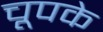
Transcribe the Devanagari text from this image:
चूपके